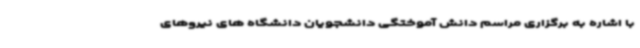
با اشاره به برگزاری مراسم دانش آموختگی دانشجویان دانشگاه های نیروهای